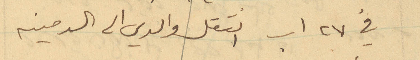
في 27 اب انتقل والدي الى الدمينه